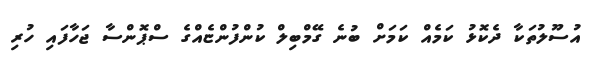
އުސޫލުތަކާ ދެކޮޅު ކަމެއް ކަމަށް ބުނެ ގޭމްބިލް ކުންފުންޏެއްގެ ސްޕޮންސާ ޖަހާފައި ހުރި